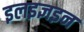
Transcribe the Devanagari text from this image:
इलइज्ञइन